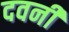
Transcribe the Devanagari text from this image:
दवनी